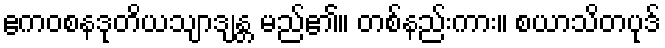
ဧကဝစနဒုတိယသျာဒျန္တ မည်၏။ တစ်နည်းကား။ စယာသိတပုဒ်